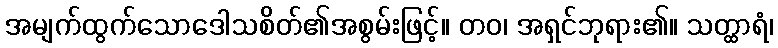
အမျက်ထွက်သောဒေါသစိတ်၏အစွမ်းဖြင့်။ တဝ၊ အရှင်ဘုရား၏။ သတ္ထာရံ၊